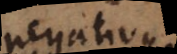
negativus.